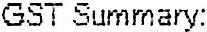
GST SUMMARY: